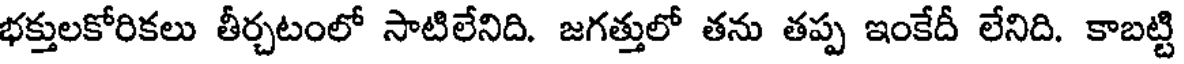
భక్తులకోరికలు తీర్చటంలో సాటిలేనిది. జగత్తులో తను తప్ప ఇంకేదీ లేనిది. కాబట్టి